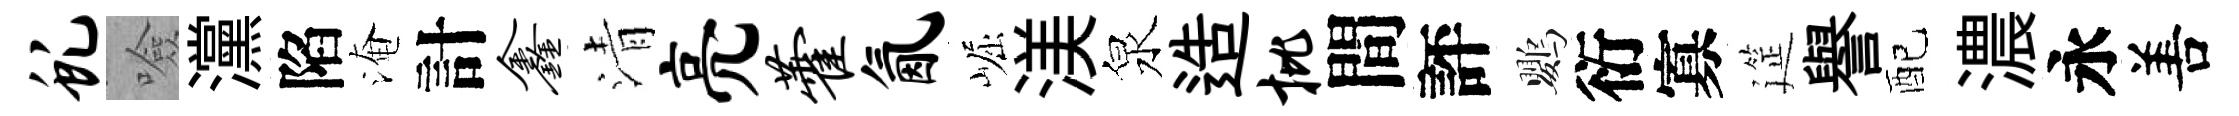
虬噞灙陷淹計鑫清亮藿氤崛渼泉造批間評鸚衍寡筵譽配濃永𠵊